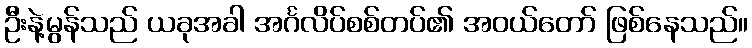
ဦးနဲ့မွန်သည် ယခုအခါ အင်္ဂလိပ်စစ်တပ်၏ အဝယ်တော် ဖြစ်နေသည်။